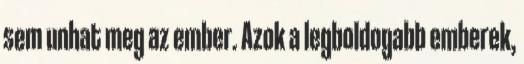
sem unhat meg az ember. Azok a legboldogabb emberek,